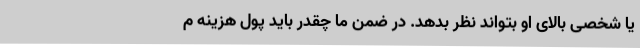
یا شخصی بالای او بتواند نظر بدهد. در ضمن ما چقدر باید پول هزینه م